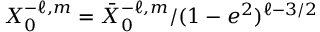
X _ { 0 } ^ { - \ell , m } = \bar { X } _ { 0 } ^ { - \ell , m } / ( 1 - e ^ { 2 } ) ^ { \ell - 3 / 2 }